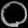
Digit: ၀